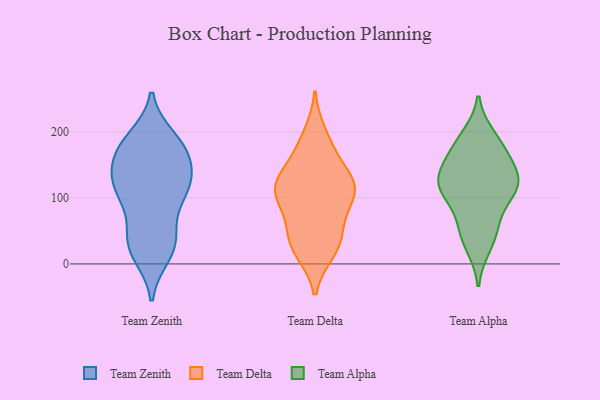
{"axis": {"x": "Inventory Turnover", "y": "Value"}, "legend": ["Team Alpha", "Team Delta", "Team Zenith"], "data": [{"x": "", "y": 31, "type": "Team Zenith"}, {"x": "", "y": 165, "type": "Team Zenith"}, {"x": "", "y": 175, "type": "Team Zenith"}, {"x": "", "y": 128, "type": "Team Zenith"}, {"x": "", "y": 171, "type": "Team Zenith"}, {"x": "", "y": 15, "type": "Team Zenith"}, {"x": "", "y": 189, "type": "Team Zenith"}, {"x": "", "y": 26, "type": "Team Zenith"}, {"x": "", "y": 167, "type": "Team Zenith"}, {"x": "", "y": 117, "type": "Team Zenith"}, {"x": "", "y": 182, "type": "Team Zenith"}, {"x": "", "y": 115, "type": "Team Zenith"}, {"x": "", "y": 40, "type": "Team Zenith"}, {"x": "", "y": 128, "type": "Team Zenith"}, {"x": "", "y": 36, "type": "Team Zenith"}, {"x": "", "y": 117, "type": "Team Zenith"}, {"x": "", "y": 90, "type": "Team Zenith"}, {"x": "", "y": 110, "type": "Team Zenith"}, {"x": "", "y": 132, "type": "Team Delta"}, {"x": "", "y": 18, "type": "Team Delta"}, {"x": "", "y": 66, "type": "Team Delta"}, {"x": "", "y": 112, "type": "Team Delta"}, {"x": "", "y": 138, "type": "Team Delta"}, {"x": "", "y": 86, "type": "Team Delta"}, {"x": "", "y": 197, "type": "Team Delta"}, {"x": "", "y": 117, "type": "Team Delta"}, {"x": "", "y": 116, "type": "Team Delta"}, {"x": "", "y": 45, "type": "Team Delta"}, {"x": "", "y": 114, "type": "Team Delta"}, {"x": "", "y": 29, "type": "Team Delta"}, {"x": "", "y": 109, "type": "Team Delta"}, {"x": "", "y": 163, "type": "Team Delta"}, {"x": "", "y": 42, "type": "Team Delta"}, {"x": "", "y": 19, "type": "Team Delta"}, {"x": "", "y": 102, "type": "Team Delta"}, {"x": "", "y": 181, "type": "Team Delta"}, {"x": "", "y": 119, "type": "Team Alpha"}, {"x": "", "y": 28, "type": "Team Alpha"}, {"x": "", "y": 131, "type": "Team Alpha"}, {"x": "", "y": 53, "type": "Team Alpha"}, {"x": "", "y": 102, "type": "Team Alpha"}, {"x": "", "y": 111, "type": "Team Alpha"}, {"x": "", "y": 118, "type": "Team Alpha"}, {"x": "", "y": 127, "type": "Team Alpha"}, {"x": "", "y": 192, "type": "Team Alpha"}, {"x": "", "y": 180, "type": "Team Alpha"}, {"x": "", "y": 151, "type": "Team Alpha"}, {"x": "", "y": 55, "type": "Team Alpha"}, {"x": "", "y": 170, "type": "Team Alpha"}]}